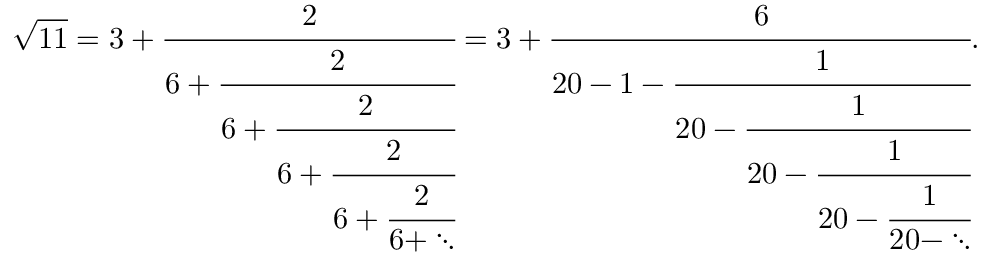
{ \sqrt { 1 1 } } = 3 + { \cfrac { 2 } { 6 + { \cfrac { 2 } { 6 + { \cfrac { 2 } { 6 + { \cfrac { 2 } { 6 + { \cfrac { 2 } { 6 + \ddots } } } } } } } } } } = 3 + { \cfrac { 6 } { 2 0 - 1 - { \cfrac { 1 } { 2 0 - { \cfrac { 1 } { 2 0 - { \cfrac { 1 } { 2 0 - { \cfrac { 1 } { 2 0 - \ddots } } } } } } } } } } .